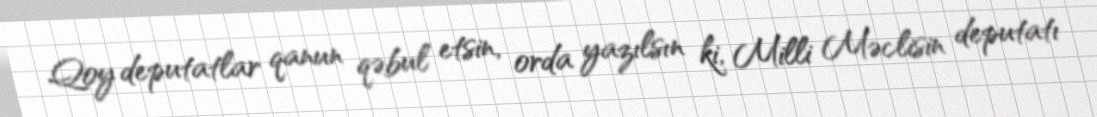
Qoy deputatlar qanun qəbul etsin, orda yazılsın ki, Milli Məclisin deputatı